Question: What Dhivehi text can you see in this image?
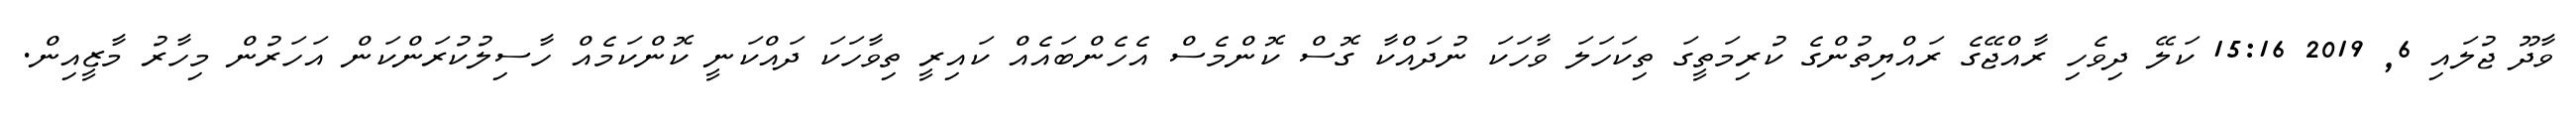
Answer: ވާދޫ ޖުލައި 6, 2019 15:16 ކަލޭ ދިވެހި ރާއްޖޭގެ ރައްޔިތުންގެ ކުރިމަތީގަ ތިކަހަލަ ވާހަކަ ނުދައްކާ ގޮސް ކޮންމެސް އެހެންބައެއް ކައިރީ ތިވާހަކަ ދައްކަނީ ކޮންކަމެއް ހާސިލުކުރަންކަން އަހަރުން މިހާރު މާޒީއިން.